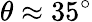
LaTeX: \theta\approx 35^{\circ}